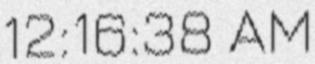
12:16:38 AM